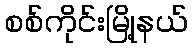
စစ်ကိုင်းမြို့နယ်